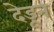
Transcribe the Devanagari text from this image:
देडून